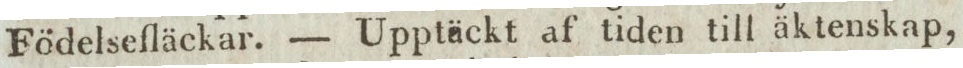
Födelsefläckar. — Upptäckt af tiden till äktenskap,